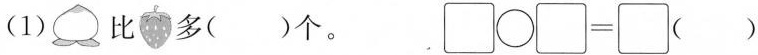
(1) 比 多()个。\Box \bigcirc \Box =\Box ()